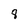
Character: 8